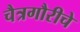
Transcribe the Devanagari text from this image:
चैत्रगौरीचे